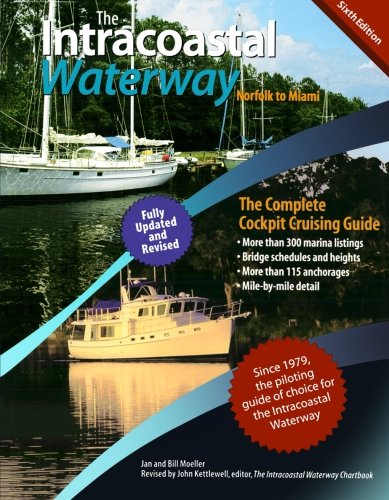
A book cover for The Intracoastal Waterway, Norfolk to Miami: The Complete Cockpit Cruising Guide, Sixth Edition; Bill Moeller; Sports & Outdoors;